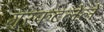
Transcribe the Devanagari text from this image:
गुरफटलेले